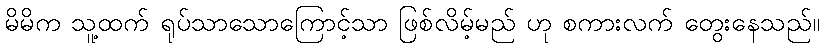
မိမိက သူ့ထက် ရုပ်သာသောကြောင့်သာ ဖြစ်လိမ့်မည် ဟု စကားလက် တွေးနေသည်။